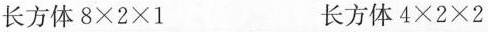
长方体$$8 \times 2 \times 1$$长方体$$4 \times 2 \times 2$$